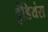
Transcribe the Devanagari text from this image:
इंडियंस